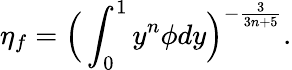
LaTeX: \eta_{f}=\Big(\int_{0}^{1}y^{n}\phi dy\Big)^{-\frac{3}{3n+5}}.